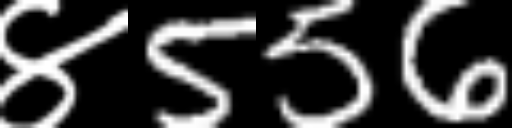
Text: ४556